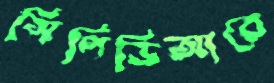
সিপিডিআরে